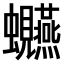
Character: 𫋩